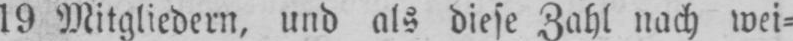
19 Mitgliedern, und als diese Zahl nach wei⸗